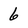
Character: 6